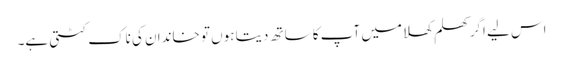
اس لیے اگر کھلم کھلا میں آپ کا ساتھ دیتا ہوں تو خاندان کی ناک کٹتی ہے۔